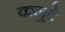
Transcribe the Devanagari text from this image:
कनुटे